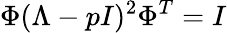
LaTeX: \Phi(\Lambda-pI)^{2}\Phi^{T}=I